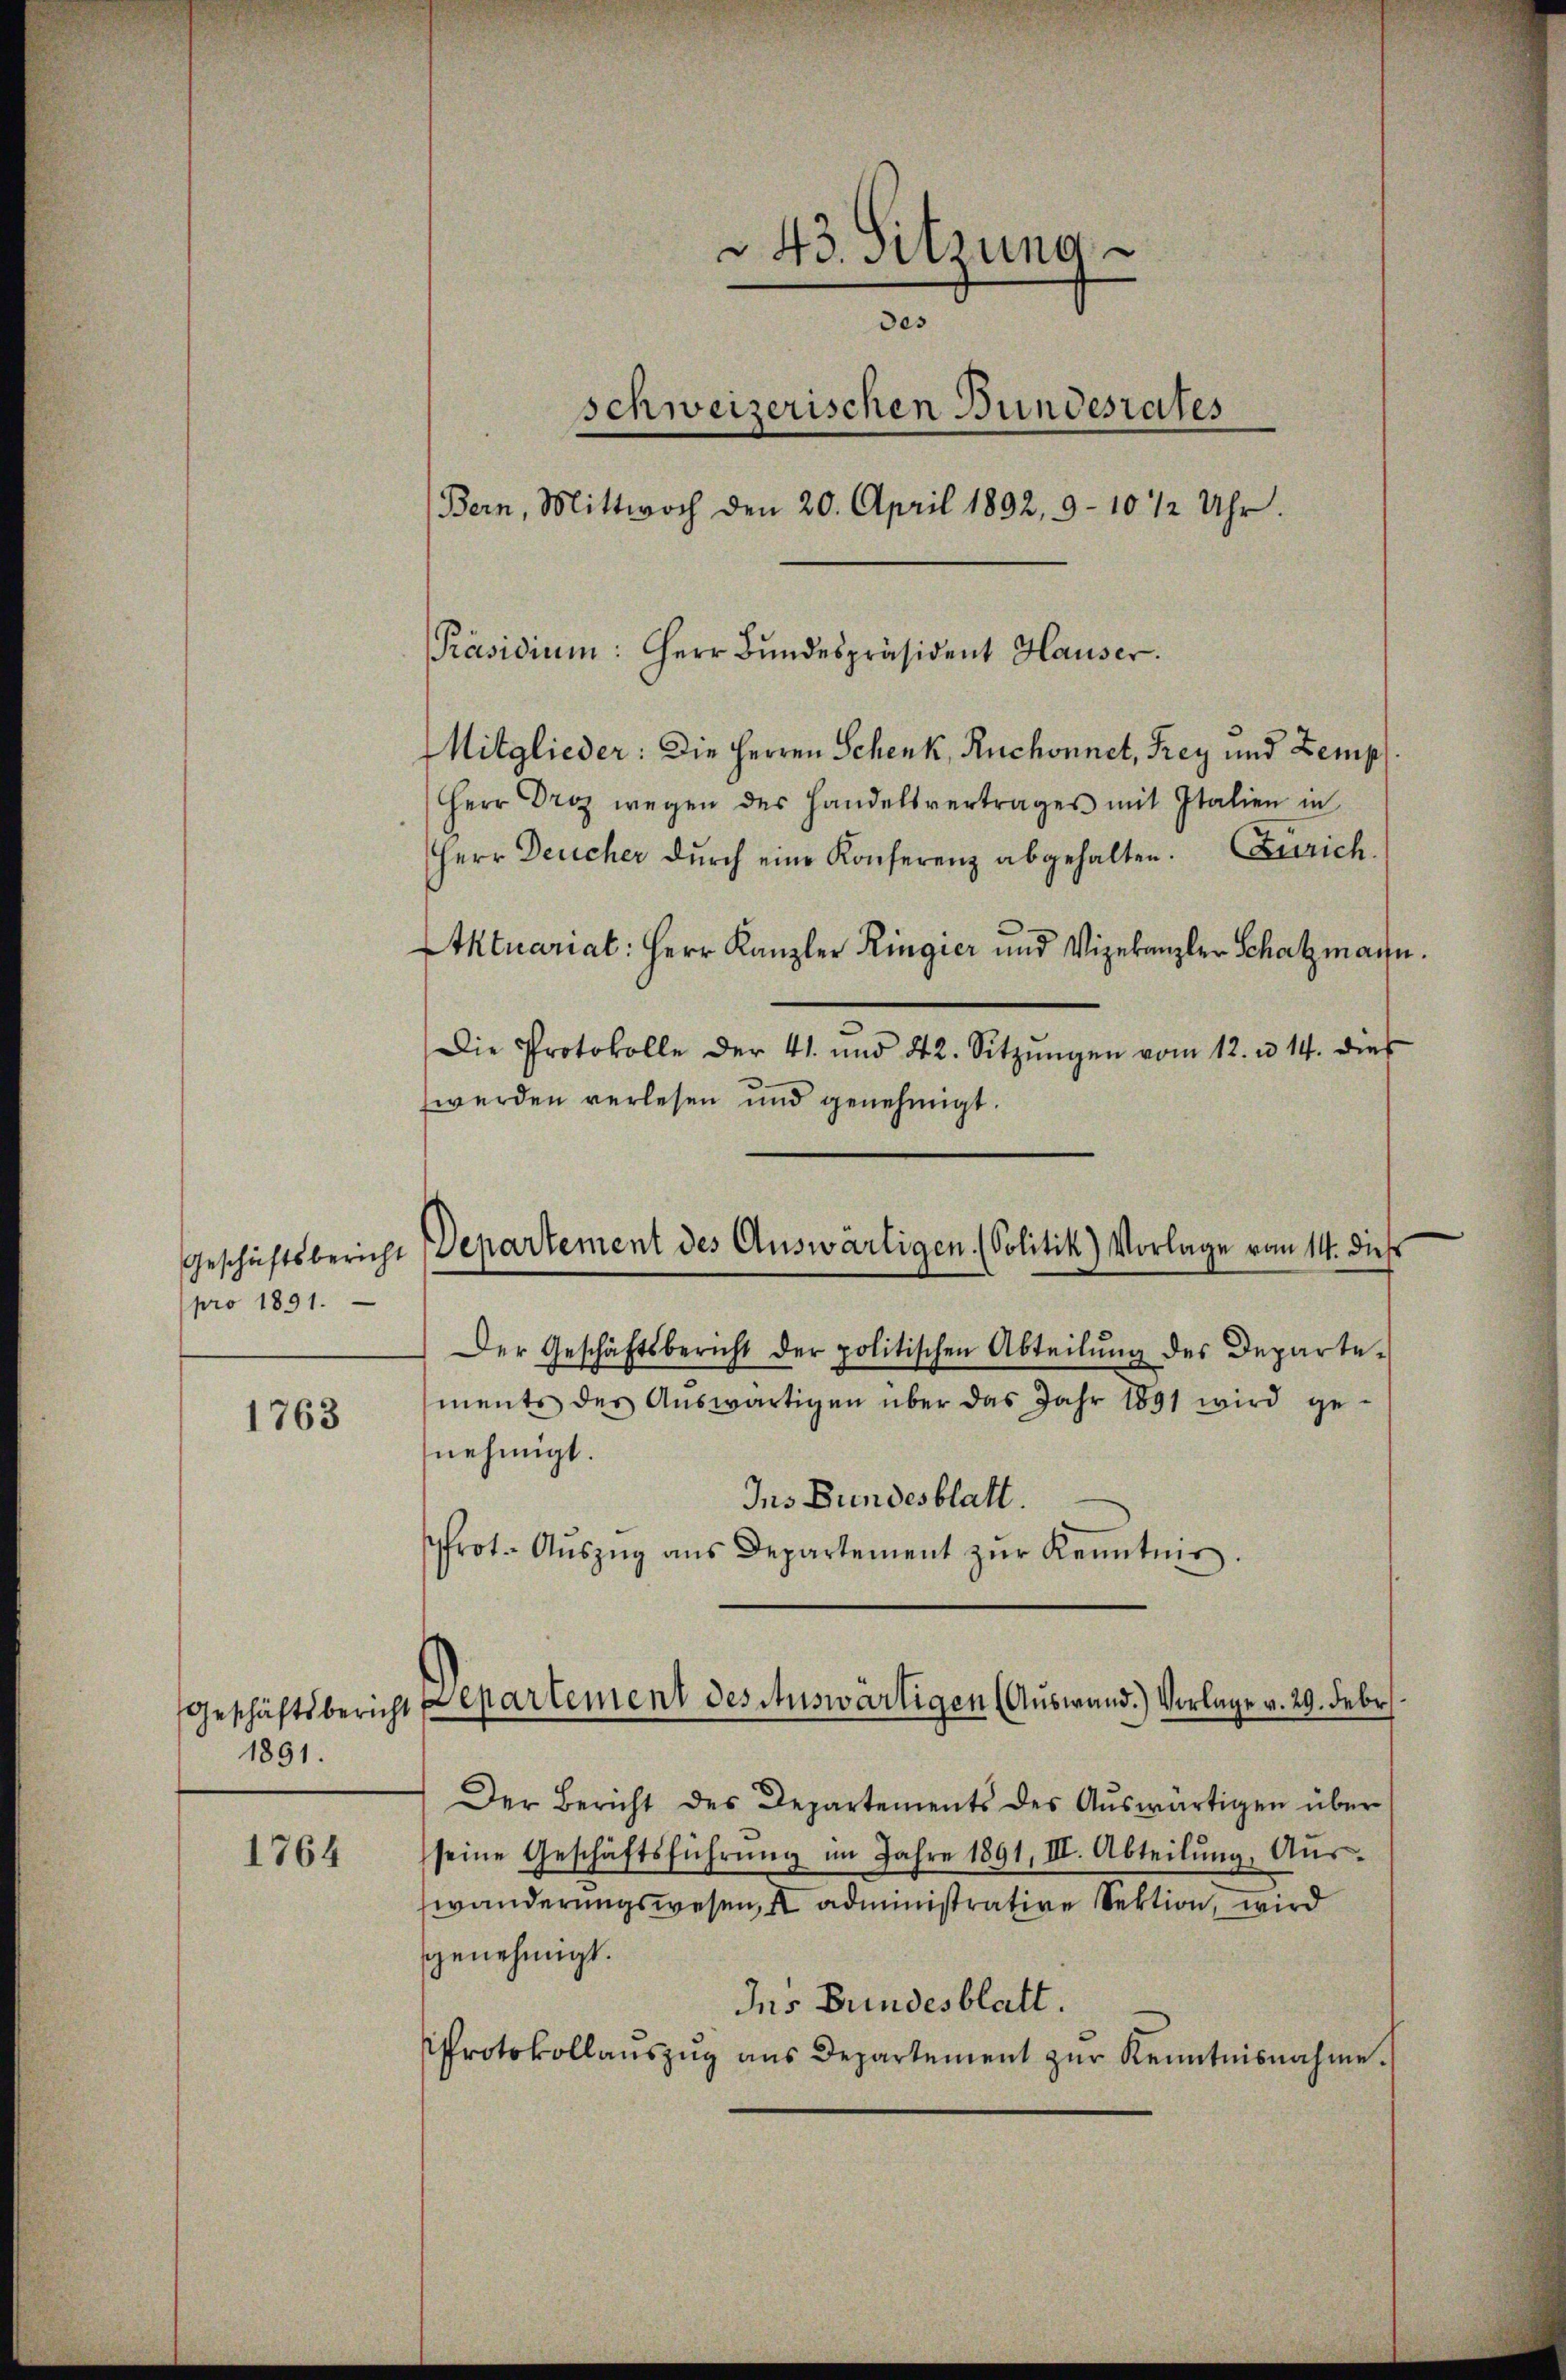
pro 1891.

1763

Geschäftsbericht
1891.

1764

werden verlesen und genehmigt.

243. Sitzung
des
schweizerischen Bundesrates
Bern, Mittwoch den 20. April 1892, 9-10 1/2 Uhr.
Präsidium: Herr Bŭndespräsident Hauser.
Mitglieder: Die Herren Schenk, Ruchonnet, Frey und Zemp
Herr Droz wegen des Handelsvertrages mit Italien in
Herr Deucher dŭrch eine Konferenz abgehalten. Zürich.
Aktuariat: Herr Kanzler Ringier und Vizekanzler Schatzmann.
Die Protokolle der 41. und 42. Sitzŭngen vom 12. u. 14. dies

Der Geschäftsbericht der politischen Abteilŭng des Departe-
ments des Aŭswärtigen über das Jahr 1891 wird ge-
nehmigt.
Ins Bundesblatt.
rot. Aŭszŭg ans Departement zŭr Kenntnis.
Der Bericht des Departements des Aŭswärtigen über
seine Geschäftsführŭng im Jahre 1891, III. Abteilŭng, Aŭs-
wänderungswesen, I administrative Sektion, wird
genehmigt.
Ins Bundesblatt.
Protokollaŭszŭg ans Departement zŭr Kenntnisnahme.

Geschäftsbericht Departement des Auswärtigen. (Politik) Vorlage vom 14. dies

Departement des Auswärtigen (Auswand.) Vorlage v. 29. Febr.